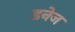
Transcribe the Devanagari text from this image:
डनेज